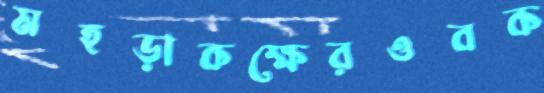
মহড়াকক্ষেরওবক